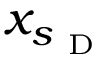
x _ { s _ { \mathrm { ~ D ~ } } }